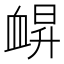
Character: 𧖿